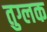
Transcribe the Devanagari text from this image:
तुग्लक